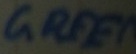
Text: Green